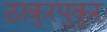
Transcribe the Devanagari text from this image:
ठाकुरपुकुर